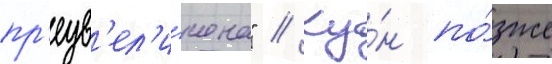
пр'еув'ел'и́чена" // Ку́н по́зже